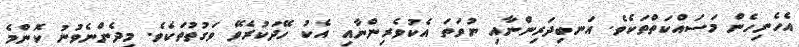
އެހެނިހެން މަސައްކަތްތަކެވެ. އަނބިދަރިންނާއި ނުވަތަ އެކުވެރިންނާއި އެކު ހޭދަކުރެވޭ ވަގުތުތަކެވެ. މިދެންނެވުނު ކޮންމެ